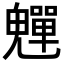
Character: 𩴫